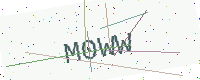
Text: M0WW